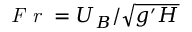
\textit { F r } = { U } _ { B } / \sqrt { g ^ { \prime } H }